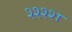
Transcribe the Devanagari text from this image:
श्श्श्श